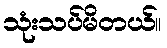
သုံးသပ်မိတယ်။